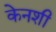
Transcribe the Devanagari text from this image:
केनशी